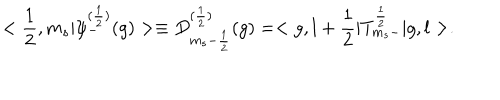
LaTeX: < \frac { 1 } { 2 } , m _ { s } | { \psi } _ { - } ^ { ( \frac { 1 } { 2 } ) } ( g ) > \equiv D _ { m _ { s } - \frac { 1 } { 2 } } ^ { ( \frac { 1 } { 2 } ) } ( g ) = < g , l + \frac { 1 } { 2 } | T _ { m _ { s } - } ^ { \frac { 1 } { 2 } } | g , l > .